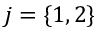
j = \{ 1 , 2 \}